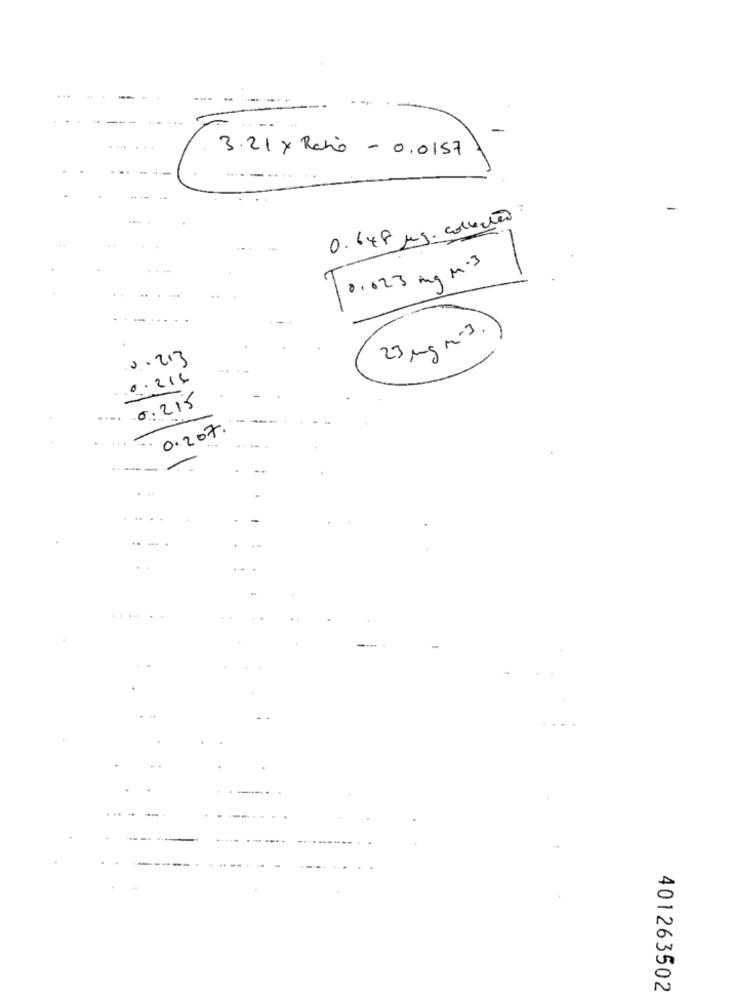
3.21 x Ratio - 0,0157
0. 648 Mg. collectão
10.023 mg M.3
23 mg m-3
2.213
0.214
0:215
0.207
...
...
-.-
401263502